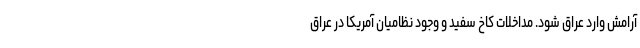
آرامش وارد عراق شود. مداخلات کاخ سفید و وجود نظامیان آمریکا در عراق